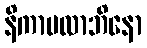
နိကာမလာဘိနော